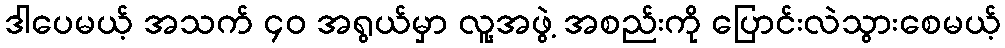
ဒါပေမယ့် အသက် ၄၀ အရွယ်မှာ လူ့အဖွဲ့ အစည်းကို ပြောင်းလဲသွားစေမယ့်